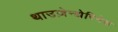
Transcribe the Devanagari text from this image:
थाउज़ेन्द्येरिगेस